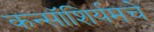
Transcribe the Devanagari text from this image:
कन्सॉशिर्यमचे